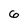
Character: 6